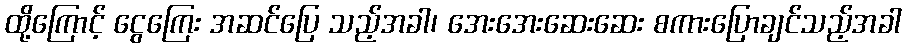
ထို့ကြောင့် ငွေကြေး အဆင်ပြေ သည့်အခါ၊ အေးအေးဆေးဆေး စကားပြောချင်သည့်အခါ